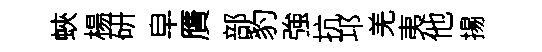
蛺楊研皁贋部豹強抗邛羌夷他揚